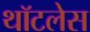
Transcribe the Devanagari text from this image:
थॉटलेस